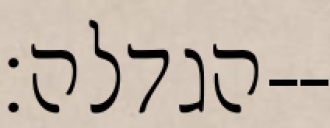
הגדלה׃--